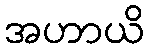
အဟာယိ